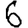
Digit: 6